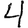
Digit: 4